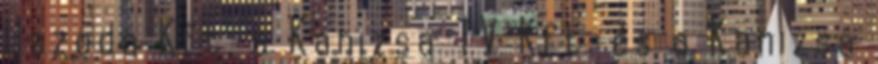
Uszoda Kft, a Kanizsa TV Kft. és a Kanizsa